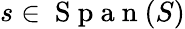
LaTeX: s\in\mathrm{~S~p~a~n~}(S)